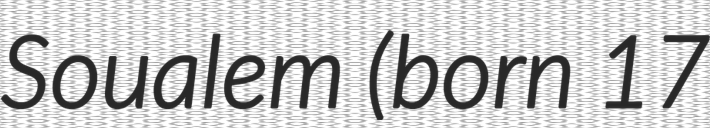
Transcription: Soualem (born 17